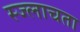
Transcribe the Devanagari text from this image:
स्ज्लाचता